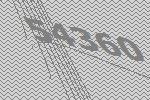
54360